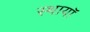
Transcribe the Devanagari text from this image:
स्थायॉ